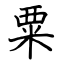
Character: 粟